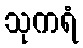
သုကရံ